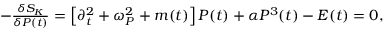
\begin{array} { r } { - \frac { \delta { \cal S } _ { K } } { \delta P ( t ) } = \left[ \partial _ { t } ^ { 2 } + \omega _ { P } ^ { 2 } + m ( t ) \right] P ( t ) + \alpha P ^ { 3 } ( t ) - E ( t ) = 0 , } \end{array}